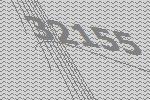
32155